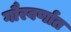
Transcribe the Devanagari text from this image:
गौरवर्णात